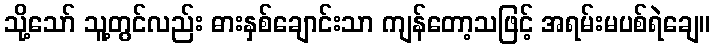
သို့သော် သူ့တွင်လည်း ဓားနှစ်ချောင်းသာ ကျန်တော့သဖြင့် အရမ်းမပစ်ရဲချေ။